Sanitation, dispensaries and jails vaccination Rajputana 1922-1927 - 1922-1927
Year: 1922
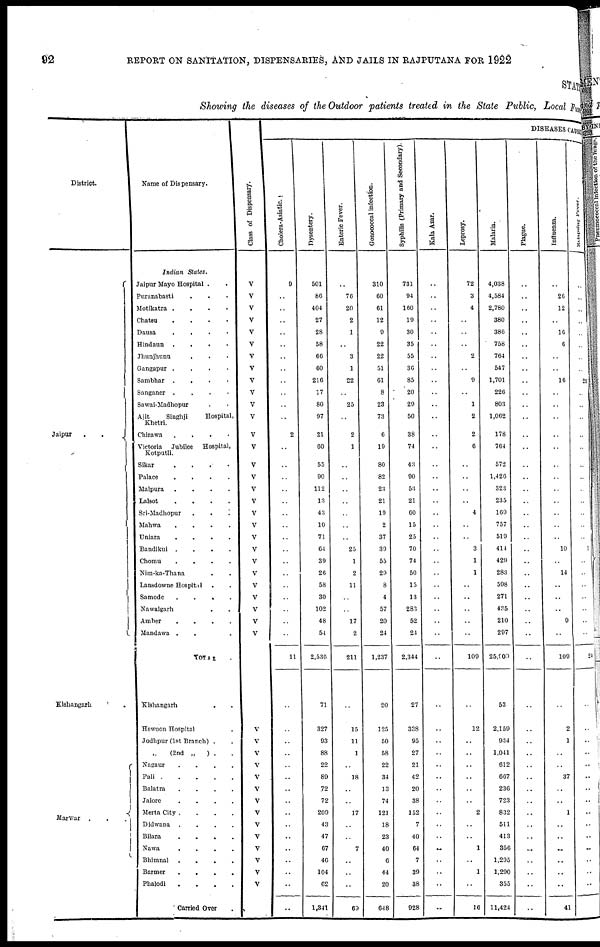
92
REPORT ON SANITATION, DISPENSARIES, AND JAILS IN RAJPUTANA FOR 1922
STATE
Showing the diseases of the Outdoor patients treated in the State Public, Local Fund
District.
Jaipur
..
Kishangarh.
Marwar
...
Name of Dispensary.
Indian
Stales.
Jaipur Mayo Hospital ..
Puranabasti ...
Motikatra ....
Chatsu
....
Dausa
....
Hindaun
.
.
.
.
Jhunjhunu ...
Gangapur ....
Sambhar
....
Sanganer ....
Sawai-Madhopur ..
Ajit
Singhji
Hospital,
Khetri.
Chirawa ....
Victoria
Jubilee
Hospital,
Kotputli.
Sikar
.
.
.
.
Palace
.
.
.
.
Malpura
.
.
.
.
Lalsot
.
.
.
.
Sri-Madhopur
...
Mahwa
.
.
.
.
Uniara
.
.
.
.
Bandikui
.
.
.
.
Chomu
.
.
.
.
Nim-ka-Thana ..
Lansdowne Hospital ..
Samode
....
Nawalgarh ..
Amber
.
.
.
.
Mandawa ...
TOTAL .
Kishangarh ..
Hewoon Hospital .
Jodhpur (1st Branch) ..
„ ( 2nd
„
) ..
Nagaur
.
.
.
.
Pali
Balatra
.
.
.
.
Jalore
.
.
.
.
Merta City .
.
.
.
Didwana
.
.
.
.
Bilara
.
.
.
.
Nawa
.
.
.
.
Bhimnal
.
.
.
.
Barmer
.
.
.
.
Phalodi
.
.
.
.
Carried Over .
Class of Dispensary.
V
V
V
V
V
V
V
V
V
V
V
V
V
V
V
V
V
V
V
V
V
V
V
V
V
V
V
V
V
V
V
V
V
V
V
V
V
V
V
V
V
V
V
DISEASES CAUSE
Cholera-Asiatic.
9
..
..
..
..
..
..
..
..
..
..
..
2
..
..
..
..
..
..
..
..
..
..
..
..
..
..
..
..
11
..
..
..
..
..
..
..
..
..
..
..
..
..
..
..
..
Dysentery.
501
86
404
27
28
58
66
60
216
17
80
97
21
60
55
90
112
13
43
10
71
64
39
26
58
30
102
48
54
2,536
71
327
93
88
22
80
72
72
209
43
47
67
46
104
62
1,341
Enteric Fever.
..
76
20
2
1
..
3
1
22
..
25
..
2
1
..
..
..
..
..
..
..
25
1
2
11
..
..
17
2
211
..
15
11
1
..
18
..
..
17
..
..
7
..
..
..
69
Gonococcal infection.
310
60
61
12
9
22
22
51
61
8
23
73
6
19
80
82
23
21
19
2
37
39
55
29
8
4
57
20
24
1,237
20
125
50
58
22
34
13
74
121
18
23
40
6
44
20
648
Syphilis (Primary and Secondary).
731
94
160
19
30
35
55
36
85
20
29
50
38
74
43
90
53
21
60
15
25
70
74
50
15
13
283
52
24
2,344
27
338
95
27
21
42
20
38
152
7
40
64
7
39
38
928
Kala Azar.
..
..
..
..
..
..
..
..
..
..
..
..
..
..
..
..
..
..
..
..
..
..
..
..
..
..
..
..
..
..
..
..
..
..
..
..
..
..
..
..
..
..
..
..
..
..
Leprosy.
72
3
4
..
..
..
2
..
9
..
1
2
2
6
..
..
..
..
4
..
..
3
1
1
..
..
..
..
..
109
..
12
..
..
..
..
..
..
2
..
..
1
..
1
..
16
Malaria.
4,038
4,584
2,780
380
386
758
764
547
1,701
226
803
1,062
178
764
572
1,426
323
235
169
757
519
414
429
283
598
271
435
210
297
25,900
53
2,159
934
1,041
612
667
236
723
832
511
413
356
1,295
1,290
355
11,424
Plague.
..
..
..
..
..
..
..
..
..
..
..
..
..
..
..
..
..
..
..
..
..
..
..
..
..
..
..
..
..
..
..
..
..
..
..
..
..
..
..
..
..
..
..
..
..
..
Influenza.
..
26
12
..
16
6
..
..
16
..
..
..
..
..
..
..
..
..
..
..
..
10
..
14
..
..
..
9
..
109
..
2
1
..
..
37
..
..
1
..
..
..
..
..
..
41
Relapsing
Fever.
..
..
..
..
..
..
..
..
23
..
..
..
..
..
..
..
..
..
..
..
..
1
..
..
..
..
..
..
..
24
..
..
..
..
..
..
..
..
..
..
..
..
..
..
..